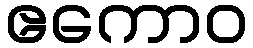
ဧကောဝ